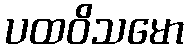
ပထဝိသမော